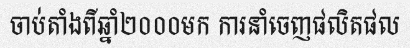
ចាប់តាំងពីឆ្នាំ២០០០មក ការនាំចេញផលិតផល